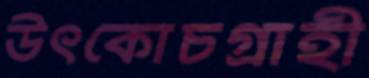
উৎকোচগ্রাহী